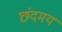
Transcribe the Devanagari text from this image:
छंदमय